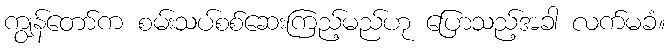
ကျွန်တော်က စမ်းသပ်စစ်ဆေးကြည့်မည်ဟု ပြောသည့်အခါ လက်မခံ။